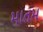
માતમ